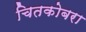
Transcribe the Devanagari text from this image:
चितकोबरा